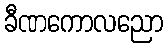
ခီဏကောလညော